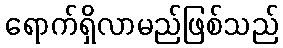
ရောက်ရှိလာမည်ဖြစ်သည်